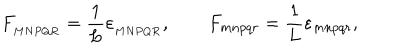
LaTeX: { F _ { _ { M N P Q R } } = \frac { 1 } { L } \varepsilon _ { _ { M N P Q R } } , \qquad F _ { m n p q r } = \frac { 1 } { L } \varepsilon _ { m n p q r } , }